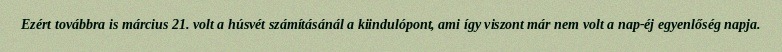
Ezért továbbra is március 21. volt a húsvét számításánál a kiindulópont, ami így viszont már nem volt a nap-éj egyenlőség napja.